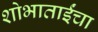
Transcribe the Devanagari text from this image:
शोभाताईंचा